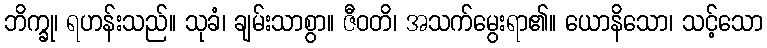
ဘိက္ခု၊ ရဟန်းသည်။ သုခံ၊ ချမ်းသာစွာ။ ဇီဝတိ၊ အသက်မွေးရာ၏။ ယောနိသော၊ သင့်သော